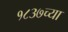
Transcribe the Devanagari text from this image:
१८३७च्या